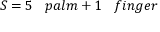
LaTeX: S = 5 \; \; \; p a l m + 1 \; \; \; f i n g e r